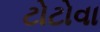
ટોટોવા